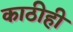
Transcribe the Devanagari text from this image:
काठीही